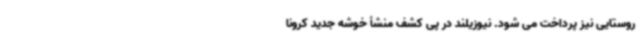
روستایی نیز پرداخت می شود. نیوزیلند در پی کشف منشأ خوشه جدید کرونا